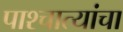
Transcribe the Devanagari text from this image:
पाश्चात्यांचा